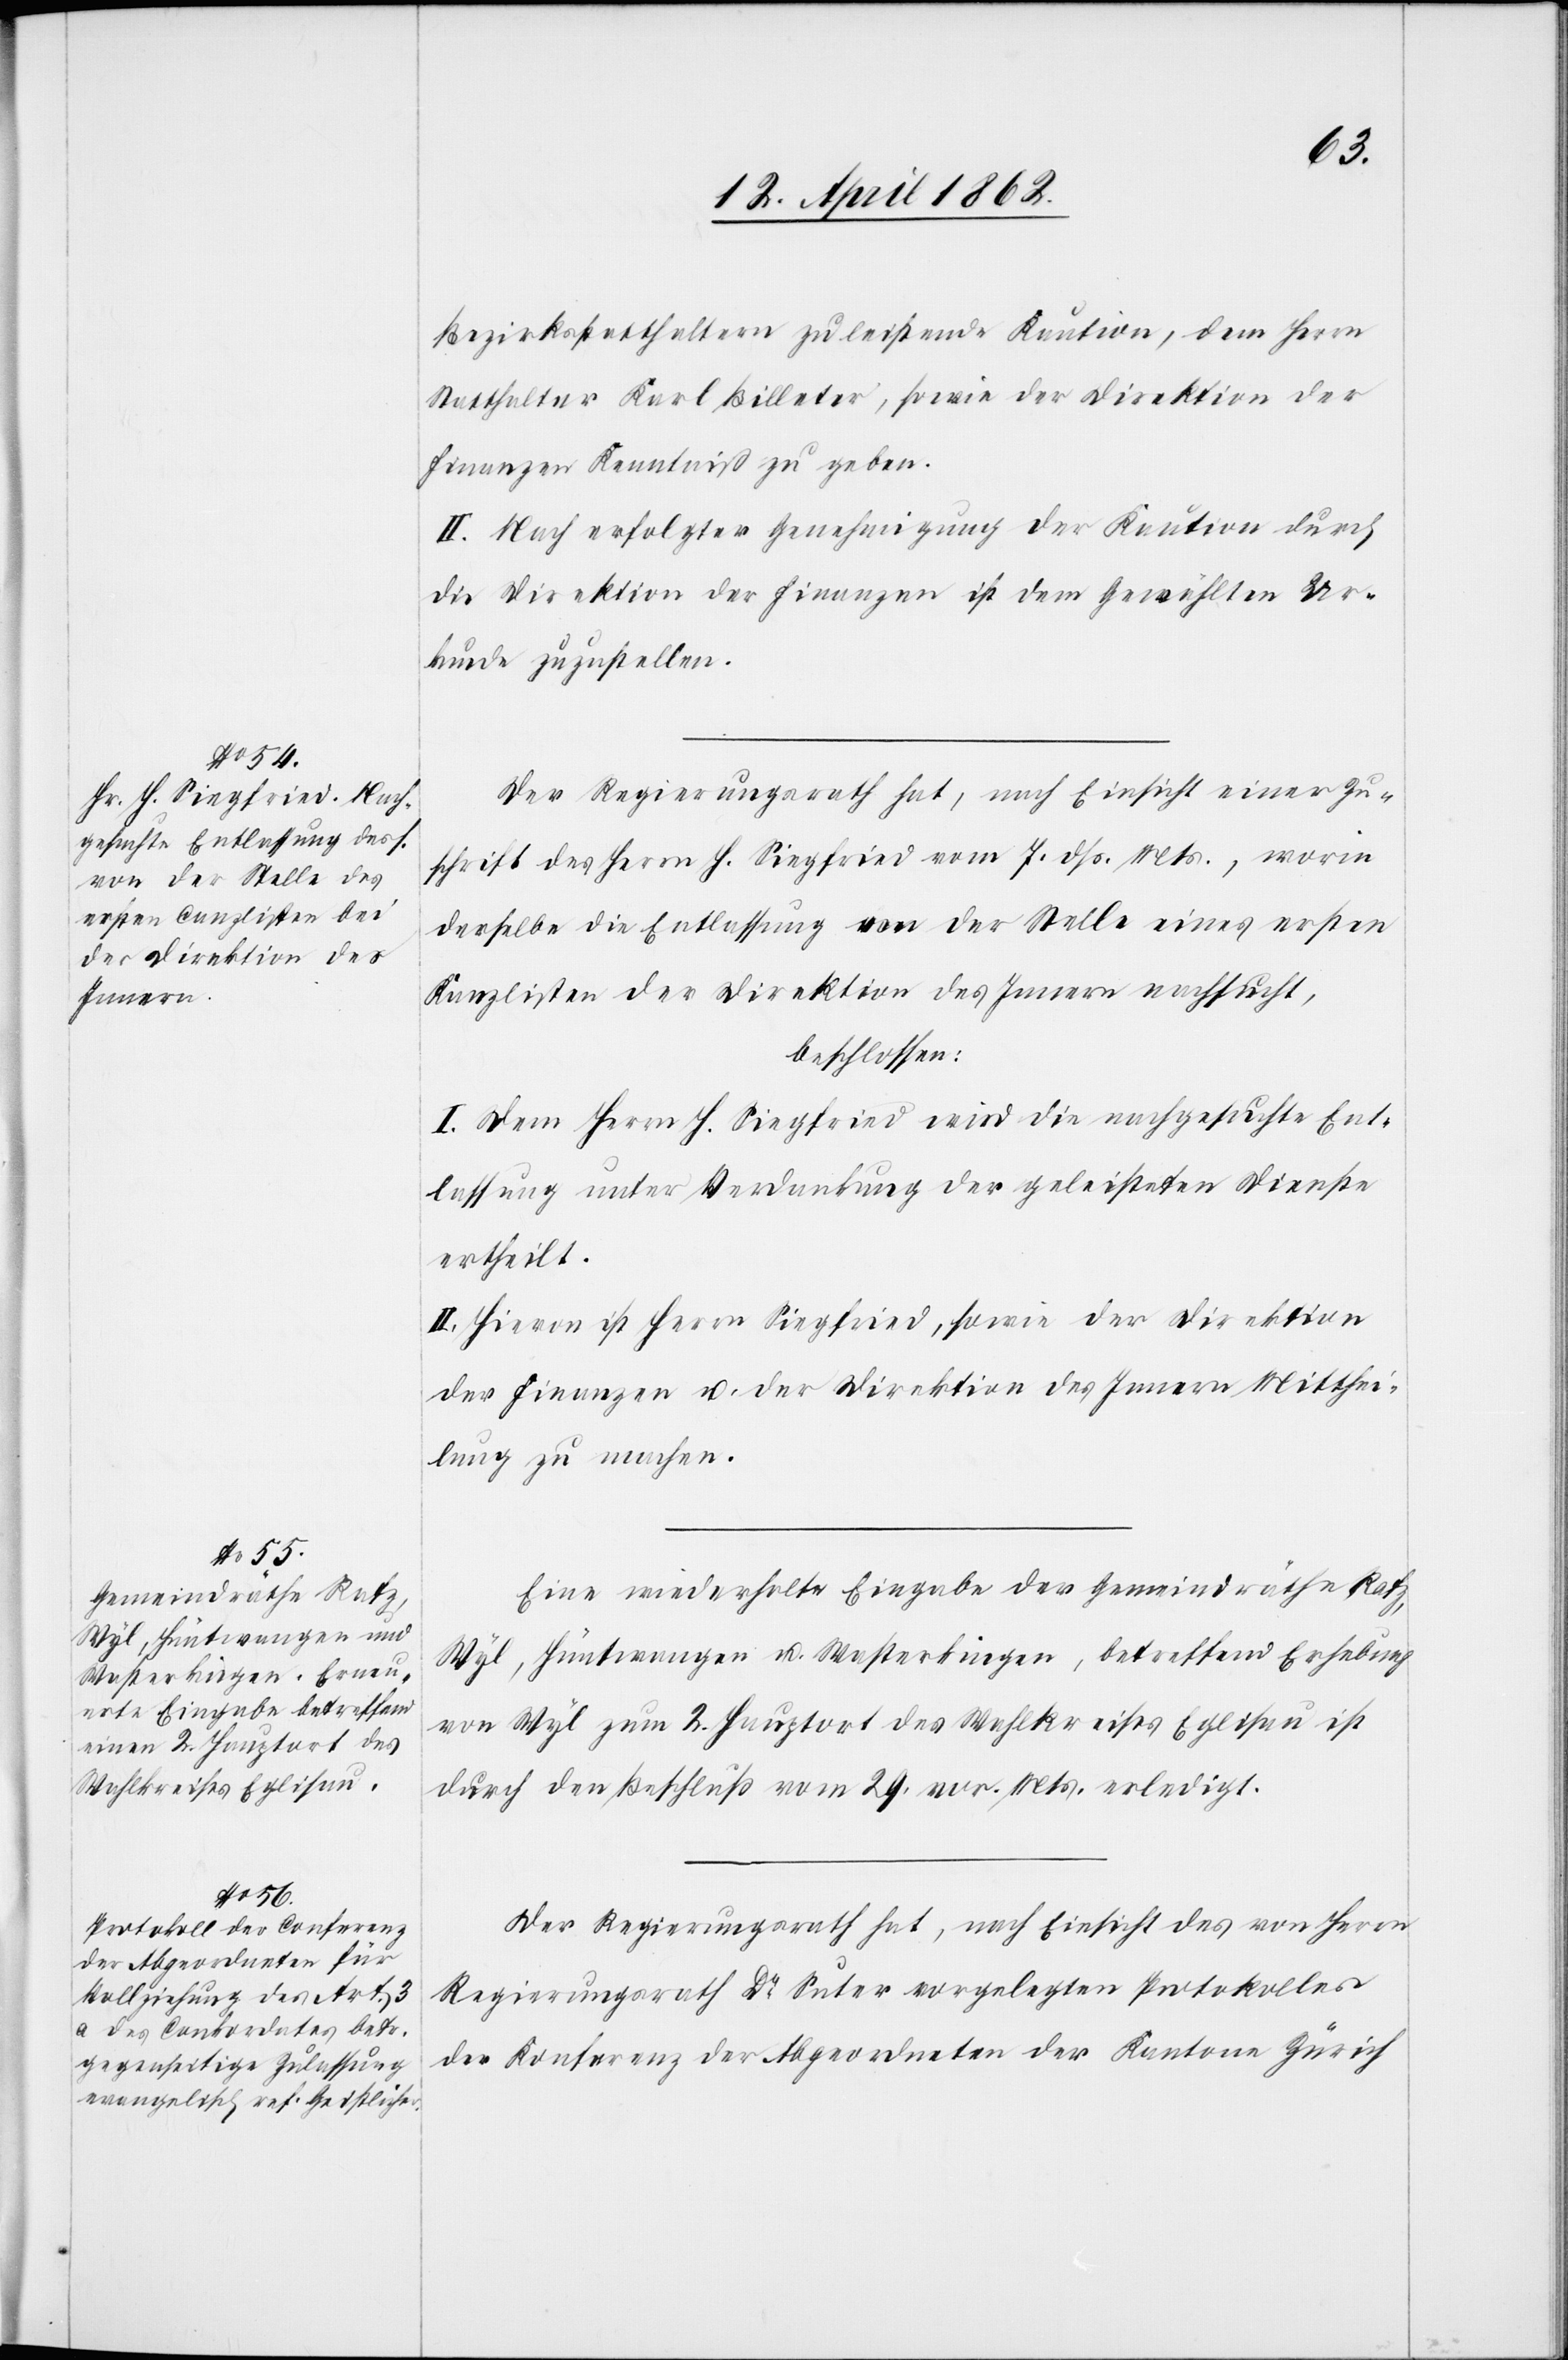
Bezirksstatthaltern zu leistende Kaution, dem Herrn
Statthalter Karl Billeter, sowie der Direktion der
Finanzen Kenntniß zu geben.
II. Nach erfolgter Genehmigung der Kaution durch
die Direktion der Finanzen ist dem Gewählten Ur¬
kunde zuzustellen.
Der Regierungsrath hat, nach Einsicht einer Zu¬
schrift des Herrn H. Siegfried vom 7. dß. Mts., worin
derselbe die Entlassung von der Stelle eines ersten
Kanzlisten der Direktion des Innern nachsucht,
beschlossen:
I. Dem Herrn H. Siegfried wird die nachgesuchte Ent¬
lassung unter Verdankung der geleisteten Dienste
ertheilt.
II. Hievon ist Herrn Siegfried, sowie der Direktion
der Finanzen u. der Direktion des Innern Mitthei¬
lung zu machen.
Eine wiederholte Eingabe der Gemeindräthe Rafz,
Wyl, Hüntwangen u. Wasterkingen, betreffend Erhebung
von Wyl zum 2. Hauptort des Wahlkreises Eglisau ist
durch den Beschluß vom 29. vor. Mts. erledigt.
Der Regierungsrath hat, nach Einsicht des von Herrn
Regierungsrath Dr. Suter vorgelegten Protokolles
der Konferenz der Abgeordneten der Kantone Zürich